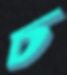
চ